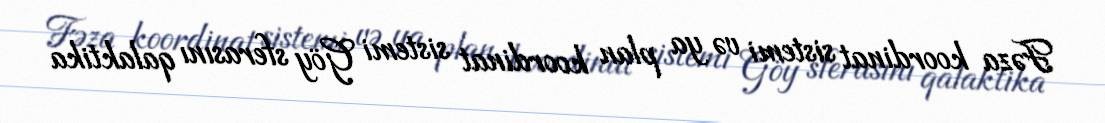
Fəza koordinat sistemi və ya plan koordinat sistemi Göy sferasını qalaktika